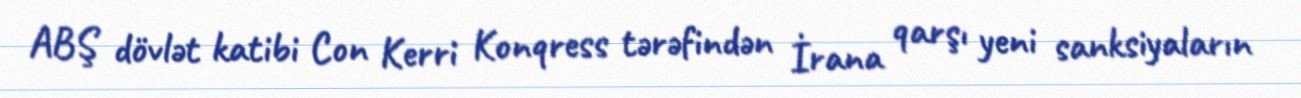
ABŞ dövlət katibi Con Kerri Konqress tərəfindən İrana qarşı yeni sanksiyaların